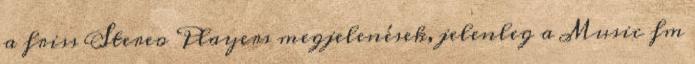
a friss Stereo Players megjelenések, jelenleg a Music fm